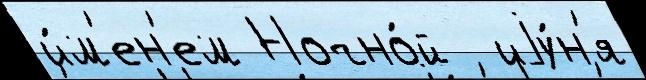
и́м'ен'ем Ночно́й  иjу́н'я